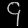
Digit: ၄